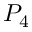
P _ { 4 }